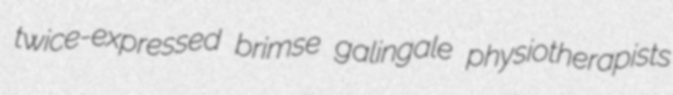
twice-expressed brimse galingale physiotherapists